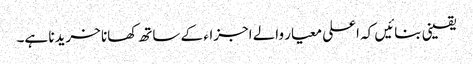
یقینی بنائیں کہ اعلی معیار والے اجزاء کے ساتھ کھانا خریدنا ہے۔